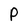
Character: P